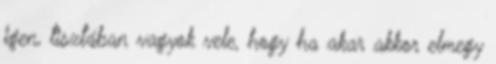
igen, tisztában vagyok vele, hogy ha akar akkor elmegy